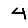
Digit: 4